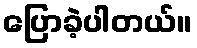
ပြောခဲ့ပါတယ်။